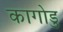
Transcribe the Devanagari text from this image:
कागोडु